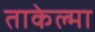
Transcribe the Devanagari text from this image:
ताकेल्मा